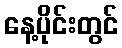
နေ့ပိုင်းတွင်